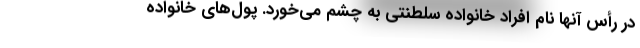
در رأس آنها نام افراد خانواده سلطنتی به چشم می‌خورد. پول‌های خانواده